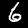
Digit: 6